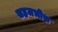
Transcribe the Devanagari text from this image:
सहजभीरु